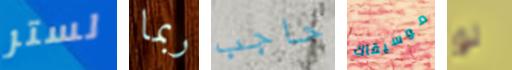
لستر ربما حاجب موسيقاك لو